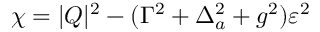
\chi = | Q | ^ { 2 } - ( \Gamma ^ { 2 } + \Delta _ { a } ^ { 2 } + g ^ { 2 } ) \varepsilon ^ { 2 }